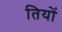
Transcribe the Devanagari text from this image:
तियों